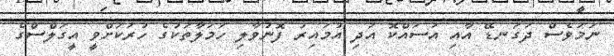
ނަމަވެސް ދަގަނޑޭ އާއި އަސައްކޮ އަދި އުމައިރު ފޮނުވާލި ހަމަލާތަކުގެ ހުރަކަށްވީ އީގަލްސްގެ